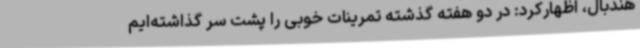
هندبال، اظهارکرد: در دو هفته گذشته تمرینات خوبی را پشت سر گذاشته‌ایم